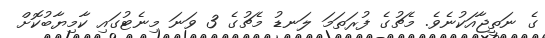
ގެ ނަތީޖާއަކުނެވެ. މެޗުގެ ފުރަތަމަ ލަނޑު މެޗުގެ 3 ވަނަ މިނެޓުގައި ކާމިޔާބުކޮށް